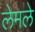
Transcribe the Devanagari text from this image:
लेमले